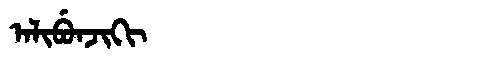
Manchu: ᠠᠯᡳᠪᡠᠨᠵᡳᡴᡳ
Romanization: ALIBUNJIKI